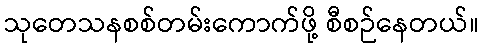
သုတေသနစစ်တမ်းကောက်ဖို့ စီစဉ်နေတယ်။